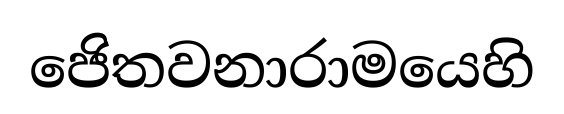
ජෙිතවනාරාමයෙහි